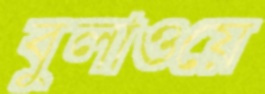
বুলাওয়ে